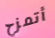
أتمزح